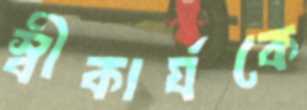
স্বীকার্যকে